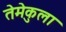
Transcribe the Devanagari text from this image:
तेमेकुला